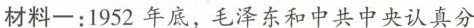
材料一：1952年底，毛泽东和中共中央认真分